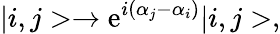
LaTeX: |i,j>\rightarrow\mathrm{e}^{i(\alpha_{j}-\alpha_{i})}|i,j>,